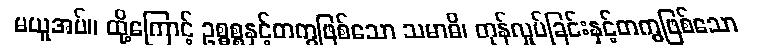
မယူအပ်။ ထို့ကြောင့် ဥစ္ဓစ္စနှင့်တကွဖြစ်သော သမာဓိ၊ တုန်လှုပ်ခြင်းနှင့်တကွဖြစ်သော